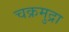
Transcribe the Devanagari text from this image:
चक्रमुद्रा